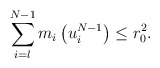
\begin{align*} \sum_{i=l}^{N-1} m_i\left(u_i^{N-1}\right) \leq r_0^2.\end{align*}